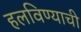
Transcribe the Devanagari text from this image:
हलविण्याची